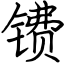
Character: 镄